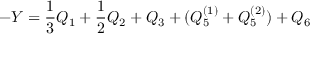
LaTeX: - Y = \frac { 1 } { 3 } Q _ { 1 } + \frac { 1 } { 2 } Q _ { 2 } + Q _ { 3 } + ( Q _ { 5 } ^ { ( 1 ) } + Q _ { 5 } ^ { ( 2 ) } ) + Q _ { 6 }